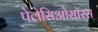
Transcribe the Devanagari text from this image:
पेलेसिओसॉरस